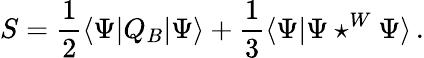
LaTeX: S={\frac{1}{2}}\langle\Psi|Q_{B}|\Psi\rangle+{\frac{1}{3}}\langle\Psi|\Psi\star^{W}\Psi\rangle\, .